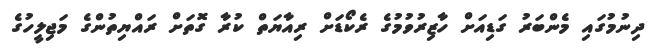
ދިނުމުގައި މެންބަރު ގަޑިއަށް ހާޒިރުވުމުގެ ރެކޯޑަށް ރިއާޔަތް ކުރާ ގޮތަށް ރައްޔިތުންގެ މަޖިލީހުގެ